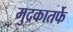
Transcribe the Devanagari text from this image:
मुद्रकातर्फे